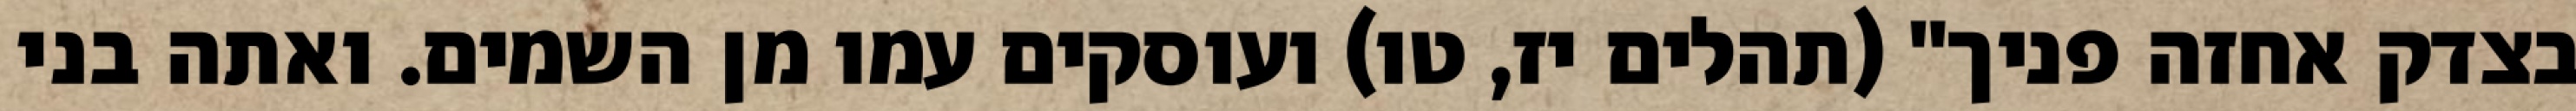
בצדק אחזה פניך" (תהלים יז, טו) ועוסקים עמו מן השמים. ואתה בני